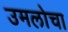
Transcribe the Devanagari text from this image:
उमलोचा